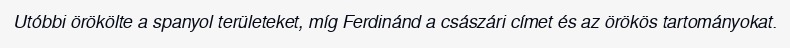
Utóbbi örökölte a spanyol területeket, míg Ferdinánd a császári címet és az örökös tartományokat.